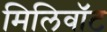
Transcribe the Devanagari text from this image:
मिलिवॉट